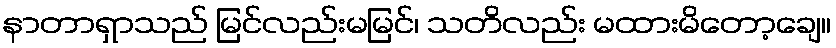
နာတာရှာသည် မြင်လည်းမမြင်၊ သတိလည်း မထားမိတော့ချေ။